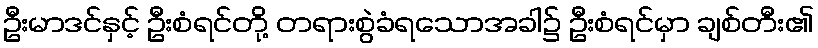
ဦးမာဒင်နှင့် ဦးစံရင်တို့ တရားစွဲခံရသောအခါ၌ ဦးစံရင်မှာ ချစ်တီး၏